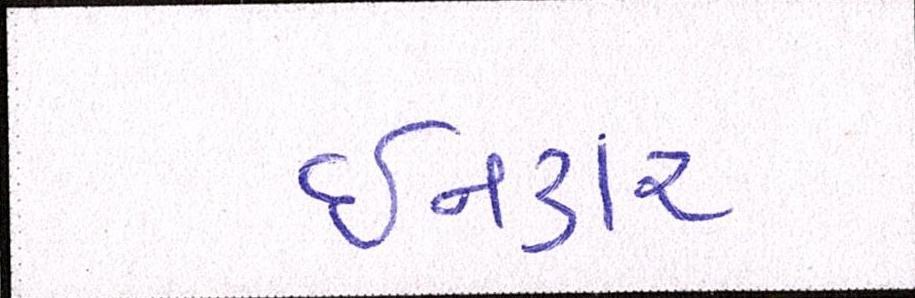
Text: ઈનકાર